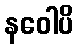
နဝေါပိ